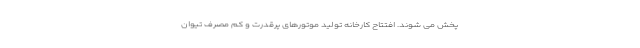
پخش می شوند. افتتاح کارخانه تولید موتورهای پرقدرت و کم مصرف تیوان